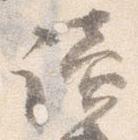
読